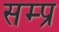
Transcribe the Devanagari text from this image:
सम्प्र